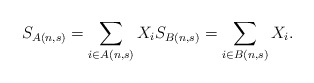
\begin{align*}S_{A(n,s)}=\sum_{i \in A(n,s)} X_i S_{B(n,s)}=\sum_{i \in B(n,s)} X_i.\end{align*}